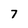
Character: 7